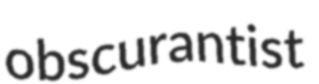
obscurantist